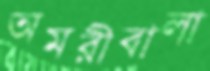
অমরীবালা